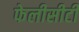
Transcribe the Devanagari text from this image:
फेलीसीटी